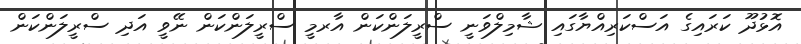
އޮޅުދޫ ކަރައިގެ އަސްކަރިއްޔާގައި ޝާމިލްވަނީ ސްރީލަންކަން އާރމީ ސްރީލަންކަން ނޭވީ އަދި ސްރީލަންކަން